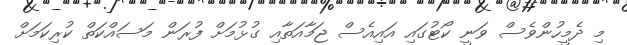
މި ދެމީހުންވެސް ވަނީ ކޯޓުގައި އައިއެސް ޖަމާއަތާއި ގުޅުމަށް ފުރަން މަސައްކަތް ކުރިކަމަށް